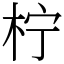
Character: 柠